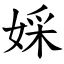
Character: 婇